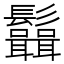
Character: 𩰆